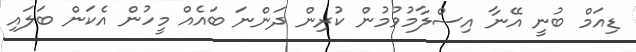
ޑިއަމް ބުނީ އޭނާ އިސްލާމުވުމުން ކުރިން ދަންނަ ބައެއް މީހުން އެކަން ބަލައި